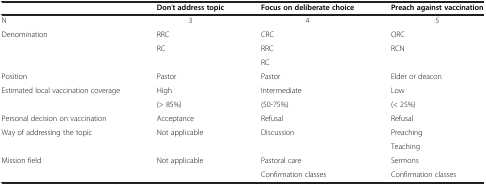
|  | Don’t address topic | Focus on deliberate choice | Preach against vaccination |
 | --- | --- | --- | --- |
 | N | 3 | 4 | 5 |
 | <ROWSPAN=3> Denomination | RRC | CRC | ORC |
 | RC | RRC | RCN |
 |  | RC |  |
 | Position | Pastor | Pastor | Elder or deacon |
 | <ROWSPAN=2> Estimated local vaccination coverage | High | Intermediate | Low |
 | (> 85%) | (50-75%) | (< 25%) |
 | Personal decision on vaccination | Acceptance | Refusal | Refusal |
 | <ROWSPAN=2> Way of addressing the topic | Not applicable | Discussion | Preaching |
 |  |  | Teaching |
 | <ROWSPAN=2> Mission field | Not applicable | Pastoral care | Sermons |
 |  | Confirmation classes | Confirmation classes |